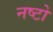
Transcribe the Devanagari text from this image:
नष्टो